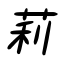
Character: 莉